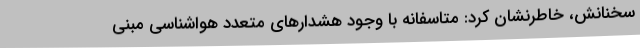
سخنانش، خاطرنشان کرد: متاسفانه با وجود هشدارهای متعدد هواشناسی مبنی